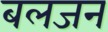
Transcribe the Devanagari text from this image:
बलजन